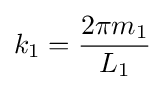
k_{1}={\frac {2\pi m_{1}}{L_{1}}}